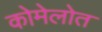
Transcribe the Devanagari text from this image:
कोमेलोत